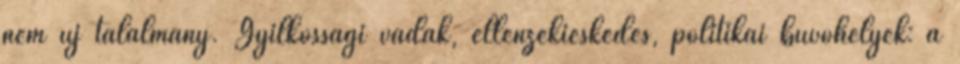
nem új találmány. Gyilkossági vádak, ellenzékieskedés, politikai búvóhelyek: a